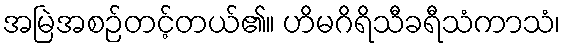
အမြဲအစဉ်တင့်တယ်၏။ ဟိမဂိရိသီခရီသံကာသံ၊